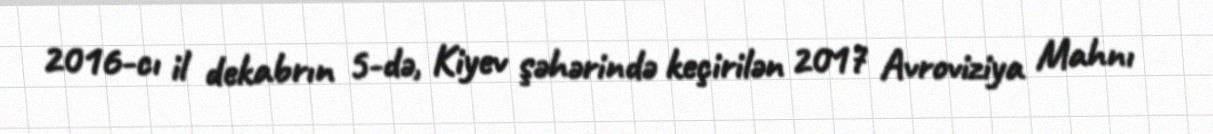
2016-cı il dekabrın 5-də, Kiyev şəhərində keçirilən 2017 Avroviziya Mahnı